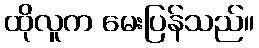
ထိုလူက မေးပြန်သည်။